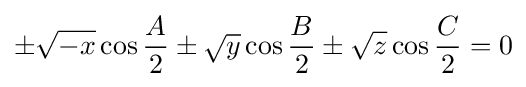
\pm {\sqrt {-x}}\cos {\frac {A}{2}}\pm {\sqrt {y}}\cos {\frac {B}{2}}\pm {\sqrt {z}}\cos {\frac {C}{2}}=0